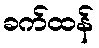
ခက်ထန်